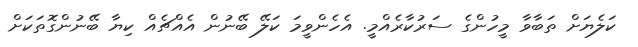
ކަލެޔަށް ތަބާވާ މީހުންގެ ސަރުކާރެއްމީ. އެހެންވީމަ ކަލޭ ބޭނުން އެއްޗެއް ކިޔާ ބޭނުންގޮތަކަށް